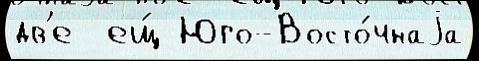
дв'е  ещ́ Юго-Восто́чнаjа